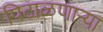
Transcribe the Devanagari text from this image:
पिटाळणाऱ्या